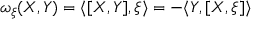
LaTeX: \omega _ { \xi } ( X , Y ) = \langle [ X , Y ] , \xi \rangle = - \langle Y , [ X , \xi ] \rangle